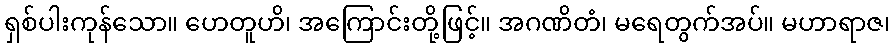
ရှစ်ပါးကုန်သော။ ဟေတူဟိ၊ အကြောင်းတို့ဖြင့်။ အဂဏိတံ၊ မရေတွက်အပ်။ မဟာရာဇ၊